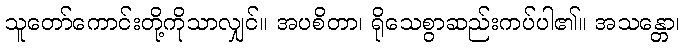
သူတော်ကောင်းတို့ကိုသာလျှင်။ အပစိတာ၊ ရိုသေစွာဆည်းကပ်ပါ၏။ အသန္တော၊